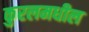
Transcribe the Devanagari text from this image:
कुरलमधील